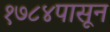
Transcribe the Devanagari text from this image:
१७८४पासून